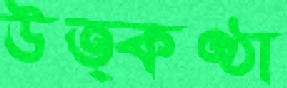
উত্কণ্ঠা